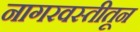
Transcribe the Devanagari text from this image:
नागरवस्तीतून